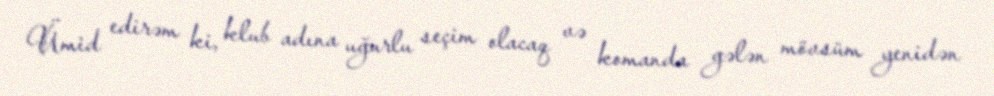
Ümid edirəm ki, klub adına uğurlu seçim olacaq və komanda gələn mövsüm yenidən